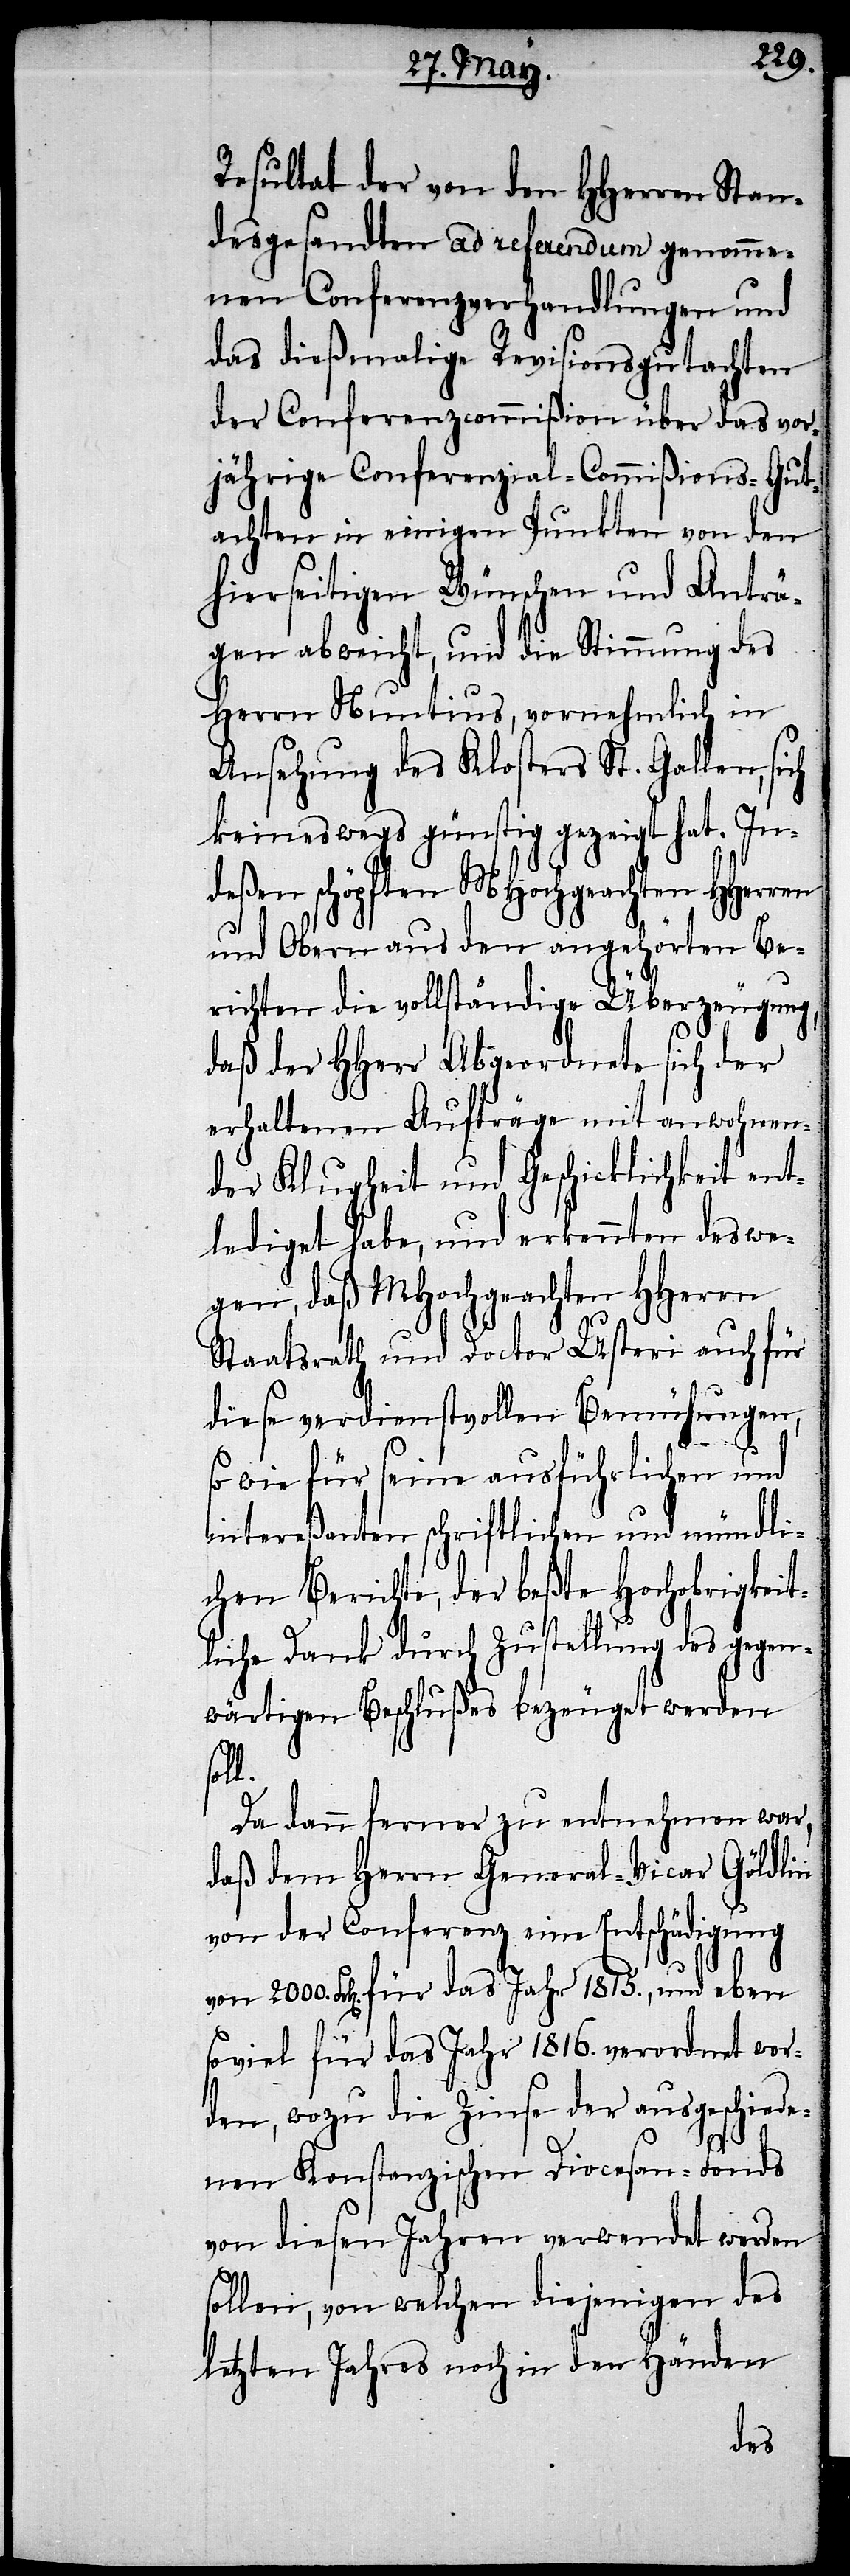
obrig¬
Resultat der von den HHerren Stan¬
desgesandten ad referendum genomme¬
nen Conferenzverhandlungen und
das dießmalige Revisionsgutachten
der Conferenzcommißion über das vor¬
jährige Conferenzial-Commißions-Gut¬
achten in einigen Punkten von den
hierseitigen Wünschen und Anträ¬
gen abweicht, und die Stimmung des
Herrn Nuntius vornehmlich in
Ansehung des Klosters St. Gallen, sich
keineswegs günstig gezeigt hat. In¬
deßen schöpften MHochgeachten HHerren
und Obern aus den angehörten Be¬
richten die vollständige Überzeugung,
daß der HHerr Abgeordnete sich der
erhaltenen Aufträge mit anwohnen¬
der Klugheit und Geschicklichkeit ent¬
lediget habe, und erkennten deswe¬
gen, daß MHochgeachten HHerren
Staatsrath und Doctor Usteri auch für
diese verdienstvollen Bemühungen,
so wie für seine ausführlichen und
liche Dank durch Zustellung des gegen¬
wärtigen Beschlußes bezeugt werden
l.
Da dann ferner zu entnehmen war,
daß dem Herr General-Vicar Göldlin
von der Conferenz eine Entschädigung
Frk[en]. für das Jahr 1815., und eben
soviel für das Jahr 1816. verordnet wor¬
den, wozu die Zinse der ausgeschiede¬
nen Konstanzischen Diocesan-Fonds
von diesen Jahren verwendet werden
sollen, von welchen diejenigen des
letzten Jahres noch in den Händen
der